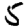
Digit: 5